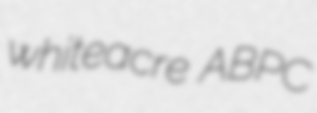
whiteacre ABPC